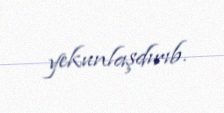
yekunlaşdırıb.